Report on the lunatic asylums under the Government of Bombay - 1904-1913
Year: 1904
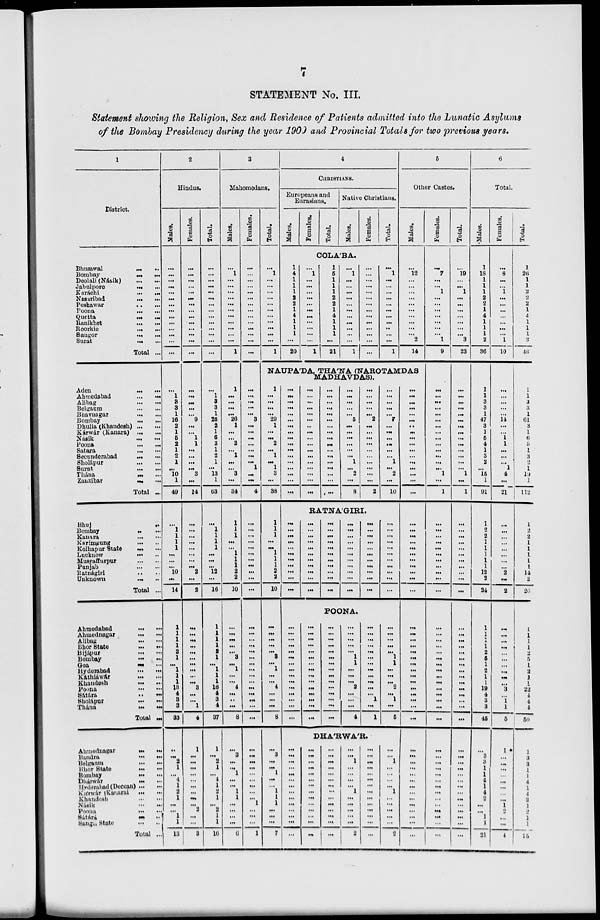
7
STATEMENT No. III.
Statement showing the Religion, Sex and Residence of Patients admitted into the Lunatic Asylums
of the Bombay Presidency during the year 1909 and Provincial Totals for two previous years.
1
District.
Bhusawal
...
...
Bombay ... ...
Deolali (Násik) ... ...
Jabulpore
...
...
Karáchi
...
...
Nasaribad ... ...
Peshawar ... ...
Poona
...
...
Quetta ... ...
Ranikhet ... ...
Roorkie
...
...
Saugor
...
...
Surat
...
...
Total ...
Aden
...
...
Ahmedabad
...
...
Alibag
...
...
Belgaum
...
...
Bhavnagar
...
...
Bombay
...
...
Dhulia (Khandesh) ...
...
Kárwár (Kanara)
...
...
Násik
...
...
Poona
...
...
Satara
...
...
Secunderabad ... ...
Sholápur ... ...
Surat
...
...
Thána
...
...
Zanzibar
...
...
Total ...
Bhuj
...
...
Bombay
...
...
Kanara
...
...
Karimgung
...
...
Kolhapur State
...
...
Lucknow
...
...
Musyaffurpur
...
...
Punjab ... ...
Ratnágiri ... ...
Unknown
... ...
Total ...
Ahmedabad
...
...
Ahmednagar
...
...
Alibag
...
...
Bhor State
...
...
Bijápur
...
...
Bombay ... ...
Goa
...
...
Hyderabad ... ...
Káthiáwár
...
...
Khandesh
...
...
Poona
...
...
Sátára
...
...
Sholápur
...
...
Thána
...
...
Total ...
Ahmednagar
...
...
Bandra
...
...
Belgaum
...
...
Bhor State
...
...
Bombay ... ...
Dhárwár
...
...
Hyderabad(Deccan) ... ...
Kárwár Kanaral
...
...
Khandesh ... ...
Násik
...
...
Poona
...
...
Sátárá
...
...
Sangh State ... ...
Total ...
2
Hindus.
Males.
...
...
...
...
...
...
...
...
...
...
...
...
...
...
...
1
3
3
1
16
2
1
5
2
1
2
1
...
10
1
49
...
1
1
1
1
...
...
...
10
...
14
1
1
1
1
2
1
...
1
1
1
13
4
3
3
33
..
...
2
1
...
4
1
2
1
...
...
1
1
13
Females.
...
...
...
...
...
...
...
...
...
...
...
...
...
...
...
...
...
...
...
9
...
...
1
1
...
...
...
...
3
...
14
...
...
...
...
...
...
...
...
2
...
2
...
...
...
...
...
...
...
...
...
...
3
...
...
1
4
1
...
...
...
...
...
...
...
...
...
2
...
...
3
Total.
...
...
...
...
...
...
...
...
...
...
...
...
...
...
...
1
3
3
1
25
2
1
6
3
1
2
1
...
13
1
63
...
1
1
1
1
...
...
...
12
...
16
1
1
1
1
2
1
...
1
1
1
16
4
3
4
37
1
...
2
1
...
4
1
2
1
...
2
1
1
16
3
Mahomedans.
Males.
...
1
...
...
...
...
...
...
...
...
...
...
...
1
1
...
...
...
...
26
1
...
...
2
...
1
...
...
3
...
34
1
1
1
...
...
1
1
1
2
2
10
...
...
...
...
...
3
...
1
...
...
4
...
..
...
8
...
3
...
...
1
...
...
1
1
...
...
...
...
6
Females.
...
...
...
...
...
...
...
...
...
...
...
...
...
...
...
...
...
...
...
3
...
...
...
...
...
...
...
1
...
...
4
...
...
...
...
...
...
...
...
...
...
...
...
...
...
...
...
...
...
...
...
...
...
...
...
...
...
...
...
...
...
...
...
...
...
...
1
...
...
...
1
Total.
...
1
...
...
...
...
...
...
...
...
...
...
...
1
4
CHRISTIANS.
Europeans and
Eurasians.
Males.
1
4
1
1
1
2
2
1
4
1
1
1
...
20
Females.
Total.
Native Christians.
Males.
COLÁBA.
...
1
...
...
...
...
...
...
...
...
...
...
...
1
1
5
1
1
1
2
2
1
4
1
1
1
...
21
...
1
...
...
...
...
...
...
...
...
...
...
...
1
Females.
...
...
...
...
...
...
...
...
...
...
...
...
...
...
Total.
...
1
...
...
...
...
...
...
...
...
...
...
...
1
5
Other Castes.
Males.
...
12
...
...
...
...
...
...
...
...
...
...
2
14
NAUPÁDA, THÁNA (NAROTAMDAS
1
...
...
...
...
29
1
...
...
2
...
1
...
1
3
...
38
1
1
1
...
...
1
1
1
2
2
10
...
...
...
...
...
3
...
1
...
...
4
...
...
...
8
...
3
...
...
1
...
...
1
1
1
...
...
...
7
...
...
...
...
...
...
...
...
...
...
...
...
...
...
...
...
...
...
...
...
...
...
...
...
...
...
...
...
...
...
...
...
...
...
...
...
...
...
...
...
...
...
...
...
...
...
...
...
...
...
...
...
...
...
...
...
...
MADHAVDAS).
...
...
...
...
...
...
...
...
...
...
...
...
...
...
...
...
...
...
...
...
...
...
...
...
...
...
...
...
...
...
...
...
...
...
...
...
...
...
...
5
...
...
...
...
...
...
1
...
2
...
8
...
...
...
...
...
2
...
...
...
...
...
...
...
...
...
...
2
RATNÁGIRI.
...
...
...
...
...
...
...
...
...
...
...
...
...
...
...
...
...
...
...
...
...
...
...
...
...
...
...
...
...
...
...
...
...
...
...
...
...
...
...
...
...
...
...
...
...
...
...
...
POONA.
...
...
...
...
...
...
...
...
...
...
...
...
...
...
...
...
...
...
...
...
1
1
...
...
...
2
...
...
...
4
...
...
...
...
...
...
...
...
...
...
...
...
...
...
...
...
...
...
...
...
...
...
...
1
...
1
DHÁRWÁR.
...
...
...
...
...
...
...
...
...
...
...
...
...
...
...
...
...
...
...
...
...
...
...
...
...
...
...
...
...
...
1
...
...
...
...
1
...
...
...
...
...
2
...
...
...
...
...
...
...
...
...
...
...
...
...
...
...
...
...
...
...
7
...
...
...
...
...
...
1
...
2
...
10
...
...
...
...
...
...
...
...
...
...
...
...
...
...
...
...
1
1
...
...
...
2
...
1
...
5
...
...
1
...
...
...
...
1
...
...
...
...
...
2
...
...
...
...
...
...
...
...
...
...
...
...
...
...
...
...
...
...
...
...
...
...
...
...
...
...
...
...
...
...
...
...
...
...
...
...
...
...
...
...
...
...
...
...
...
...
...
...
...
...
...
...
...
...
...
...
...
Females.
...
7
...
...
1
...
...
...
...
...
...
...
1
9
...
...
...
...
...
...
...
...
...
...
...
...
...
...
1
...
1
...
...
...
...
...
...
...
...
...
...
...
...
...
...
...
...
...
...
...
...
...
...
...
...
...
...
...
...
...
...
...
...
...
...
...
...
...
...
...
...
Total.
...
19
...
...
1
...
...
...
...
...
...
...
3
23
...
...
...
...
...
...
...
...
...
...
...
...
...
...
1
...
1
...
...
...
...
...
...
...
...
...
...
...
...
...
...
...
...
...
...
...
...
...
...
...
...
...
...
...
...
...
...
...
...
...
...
...
...
...
...
...
...
6
Total.
Males.
1
18
1
1
1
2
2
1
4
1
1
1
2
36
1
1
3
3
1
47
3
1
5
4
1
3
2
...
15
1
91
1
2
2
1
1
1
1
1
12
2
24
1
1
1
1
2
5
1
2
1
1
19
4
3
3
45
...
3
3
1
1
4
1
4
2
...
...
1
1
21
Females.
...
8
...
...
1
...
...
...
...
...
...
...
1
10
...
...
...
...
...
14
...
...
1
1
...
...
...
1
4
...
21
...
...
...
...
...
...
...
...
2
...
2
...
...
...
...
...
...
...
...
...
...
3
...
1
1
5
1
...
...
...
...
...
...
...
...
1
2
...
...
4
Total.
1
26
1
1
2
2
2
1
4
1
1
1
3
46
1
1
3
3
1
61
3
1
6
5
1
3
2
1
19
1
112
1
2
2
1
1
1
1
1
14
2
26
l
1
1
1
2
5
1
2
1
1
22
4
4
4
50
1
3
3
1
1
4
1
4
2
1
2
1
2
25